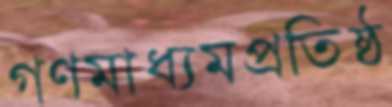
গণমাধ্যমপ্রতিষ্ঠ